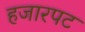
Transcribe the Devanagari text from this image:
हजारपट